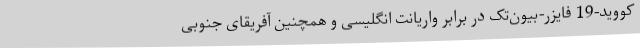
کووید-19 فایزر-بیون‌تک در برابر واریانت انگلیسی و همچنین آفریقای جنوبی